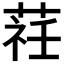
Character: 𦵞